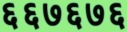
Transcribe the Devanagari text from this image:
६६७६७६